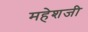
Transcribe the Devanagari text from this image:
महेशजी